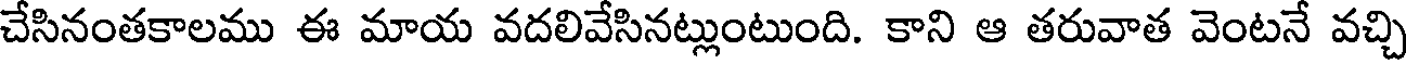
చేసినంతకాలము ఈ మాయ వదలివేసినట్లుంటుంది. కాని ఆ తరువాత వెంటనే వచ్చి